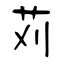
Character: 苅